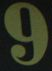
9